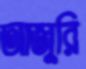
আজুরি